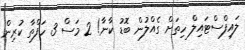
ލައިފްސްޓައިލް ހިތަށް ގެއްލުން ބޮޑު ކާނާ! 2 މަސް 3 ހަފްތާ ކުރިން